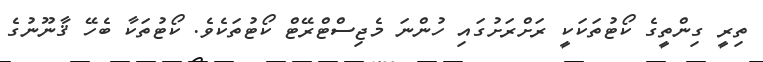
ތިރީ ގިންތީގެ ކޯޓުތަކަކީ ރަށްރަށުގައި ހުންނަ މެޖިސްޓްރޭޓް ކޯޓުތަކެވެ. ކޯޓުތަކާ ބެހޭ ޤާނޫނުގެ